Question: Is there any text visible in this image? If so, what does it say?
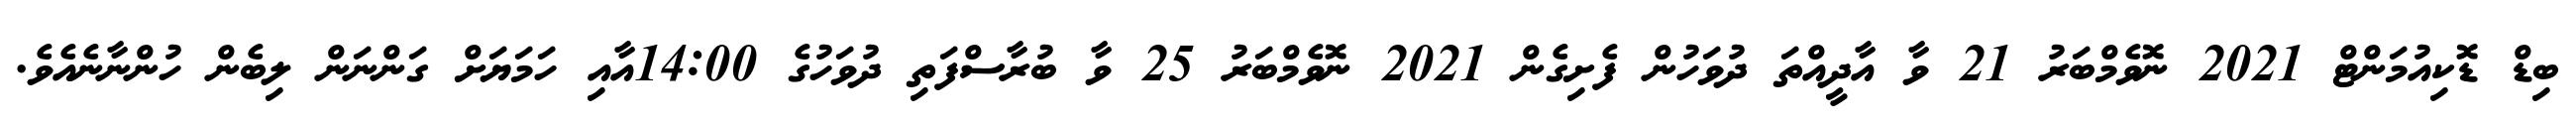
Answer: ބިޑް ޑޮކިއުމަންޓް 2021 ނޮވެމްބަރު 21 ވާ އާދީއްތަ ދުވަހުން ފެށިގެން 2021 ނޮވެމްބަރު 25 ވާ ބުރާސްފަތި ދުވަހުގެ 14:00އާއި ހަމަޔަށް ގަންނަން ލިބެން ހުންނާނެއެވެ.